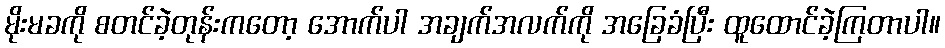
မိုးမခကို စတင်ခဲ့တုန်းကတော့ အောက်ပါ အချက်အလက်ကို အခြေခံပြီး ထူထောင်ခဲ့ကြတာပါ။